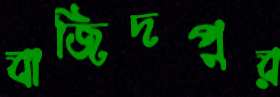
বাজিদপুর